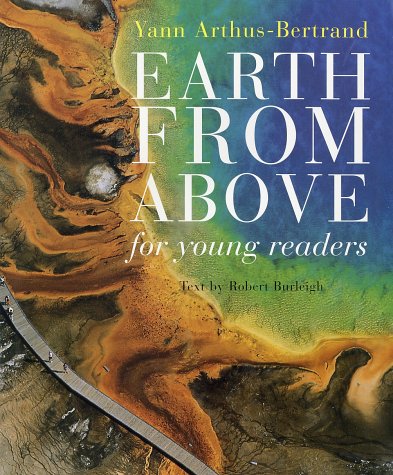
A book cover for Earth From Above for Young Readers; Yann Arthus-Bertrand; Children's Books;